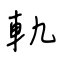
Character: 軌